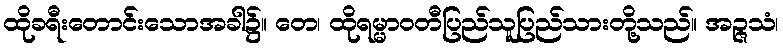
ထိုခရီးတောင်းသောအခါ၌။ တေ၊ ထိုရမ္မာဝတီပြည်သူပြည်သားတို့သည်။ အဉ္ဇသံ၊